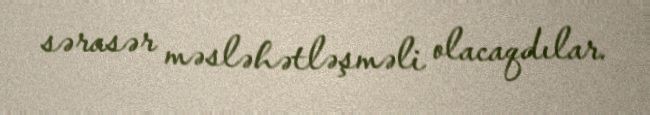
sərasər məsləhətləşməli olacaqdılar.